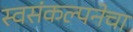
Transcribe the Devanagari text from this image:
स्वसंकल्पनेचा